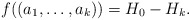
\begin{align*}f((a_1,\ldots, a_k))=H_0-H_k.\end{align*}